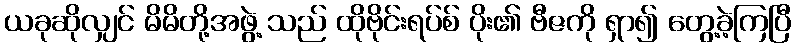
ယခုဆိုလျှင် မိမိတို့အဖွဲ့ သည် ထိုဗိုင်းရပ်စ် ပိုး၏ ဗီဇကို ရှာ၍ တွေ့ခဲ့ကြပြီ